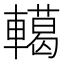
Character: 轕